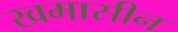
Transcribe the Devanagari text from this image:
खमासीन